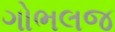
ગોભલજ